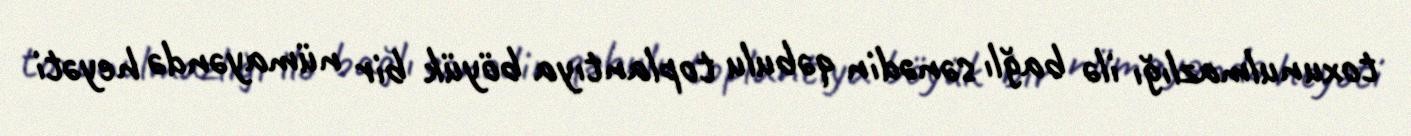
toxunulmazlığı ilə bağlı sənədin qəbulu toplantıya böyük bir nümayəndə heyəti